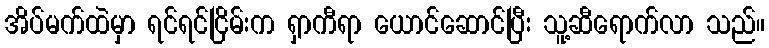
အိပ်မက်ထဲမှာ ရင်ရင်ငြိမ်းက ရှာကီရာ ယောင်ဆောင်ပြီး သူ့ဆီရောက်လာ သည်။